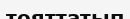
тояттатып